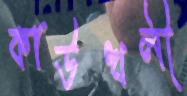
কাউখলী